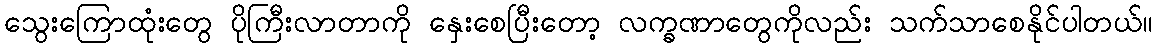
သွေးကြောထုံးတွေ ပိုကြီးလာတာကို နှေးစေပြီးတော့ လက္ခဏာတွေကိုလည်း သက်သာစေနိုင်ပါတယ်။